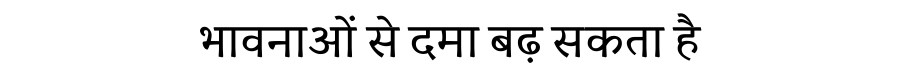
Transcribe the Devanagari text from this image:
भावनाओं से दमा बढ़ सकता है